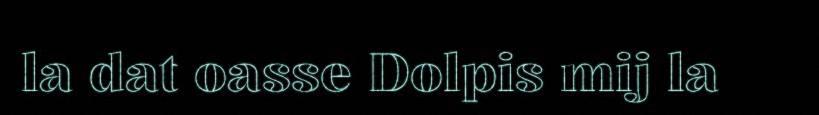
la dat oasse Dolpis mij la